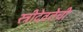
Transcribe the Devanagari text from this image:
स्त्रीदेवतेची